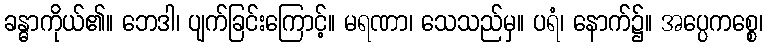
ခန္ဓာကိုယ်၏။ ဘေဒါ၊ ပျက်ခြင်းကြောင့်။ မရဏာ၊ သေသည်မှ။ ပရံ၊ နောက်၌။ အပ္ပေကစ္စေ၊